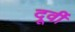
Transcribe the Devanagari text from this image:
दूर्वी